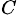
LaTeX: _C